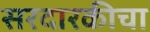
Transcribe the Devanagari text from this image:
सरदारकीचा